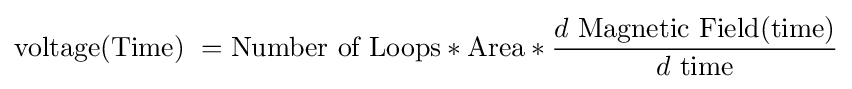
{\text{voltage(Time) }}={\text{Number of Loops}}*{\text{Area}}*{\frac {d\ {\text{Magnetic Field(time)}}}{d\ {\text{time}}}}